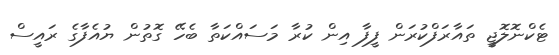
ޓެކްނޮލޮޖީ ތައާރަފްކުރަން ފީފާ އިން ކުރާ މަސައްކަތާ ބެހޭ ގޮތުން ޔުއެފާގެ ރައީސް